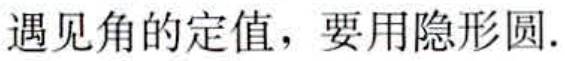
遇见角的定值，要用隐形圆.